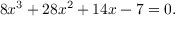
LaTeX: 8 x ^ { 3 } + 2 8 x ^ { 2 } + 1 4 x - 7 = 0 .